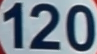
120